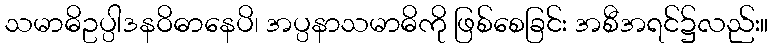
သမာဓိဥပ္ပါဒနဝိဓာနေပိ၊ အပ္ပနာသမာဓိကို ဖြစ်စေခြင်း အစီအရင်၌လည်း။